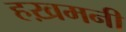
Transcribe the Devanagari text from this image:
हख़मनी